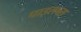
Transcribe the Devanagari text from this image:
पाइलन्स